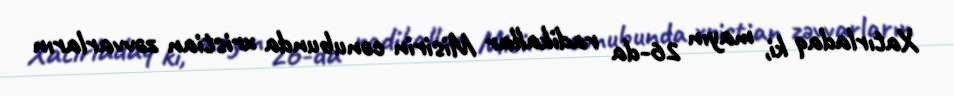
Xatırladaq ki, mayın 26-da radikallar Misirin cənubunda xristian zəvvarların